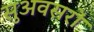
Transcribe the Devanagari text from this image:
सुअवसरों